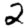
Digit: 2